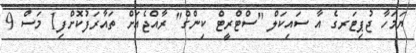
ޔަމަހާ ޖުޕިޓަރގެ އާ ސައިކަލް "ސްޓްރީޓް ކިންގް" ރާއްޖެއަށް ތައާރަފުކޮށްފި1 މަސް 9